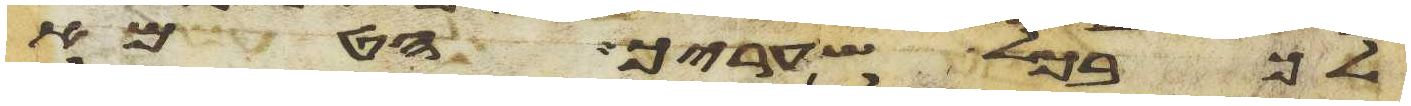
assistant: בכל שעריך הטמא